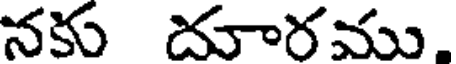
నకు దూరము,